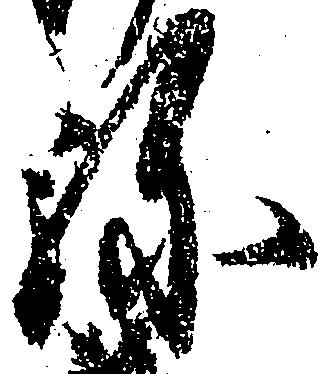
弥